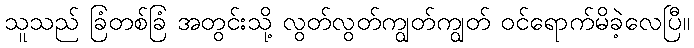
သူသည် ခြံတစ်ခြံ အတွင်းသို့ လွတ်လွတ်ကျွတ်ကျွတ် ဝင်ရောက်မိခဲ့လေပြီ။